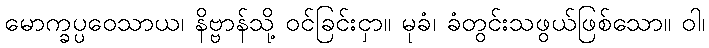
မောက္ခပ္ပဝေသာယ၊ နိဗ္ဗာန်သို့ ဝင်ခြင်းငှာ။ မုခံ၊ ခံတွင်းသဖွယ်ဖြစ်သော။ ဝါ၊